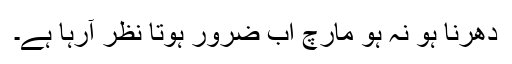
دھرنا ہو نہ ہو مارچ اب ضرور ہوتا نظر آرہا ہے۔